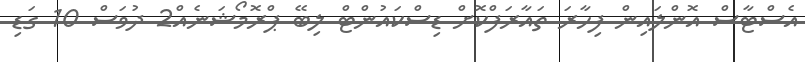
އެސްޓާސް އޮންލައިން ފިހާރަ ތައާރަފްކޮށް ޑިސްކައުންޓް ލިބޭ ޕްރޮމޯޝަނެއް2 ދުވަސް 10 ގަޑި